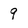
Character: 9